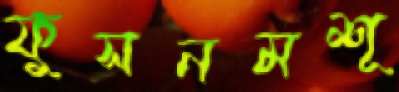
ফুসনমশূ